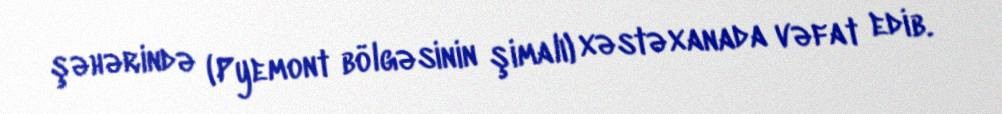
şəhərində (Pyemont bölgəsinin şimalı) xəstəxanada vəfat edib.